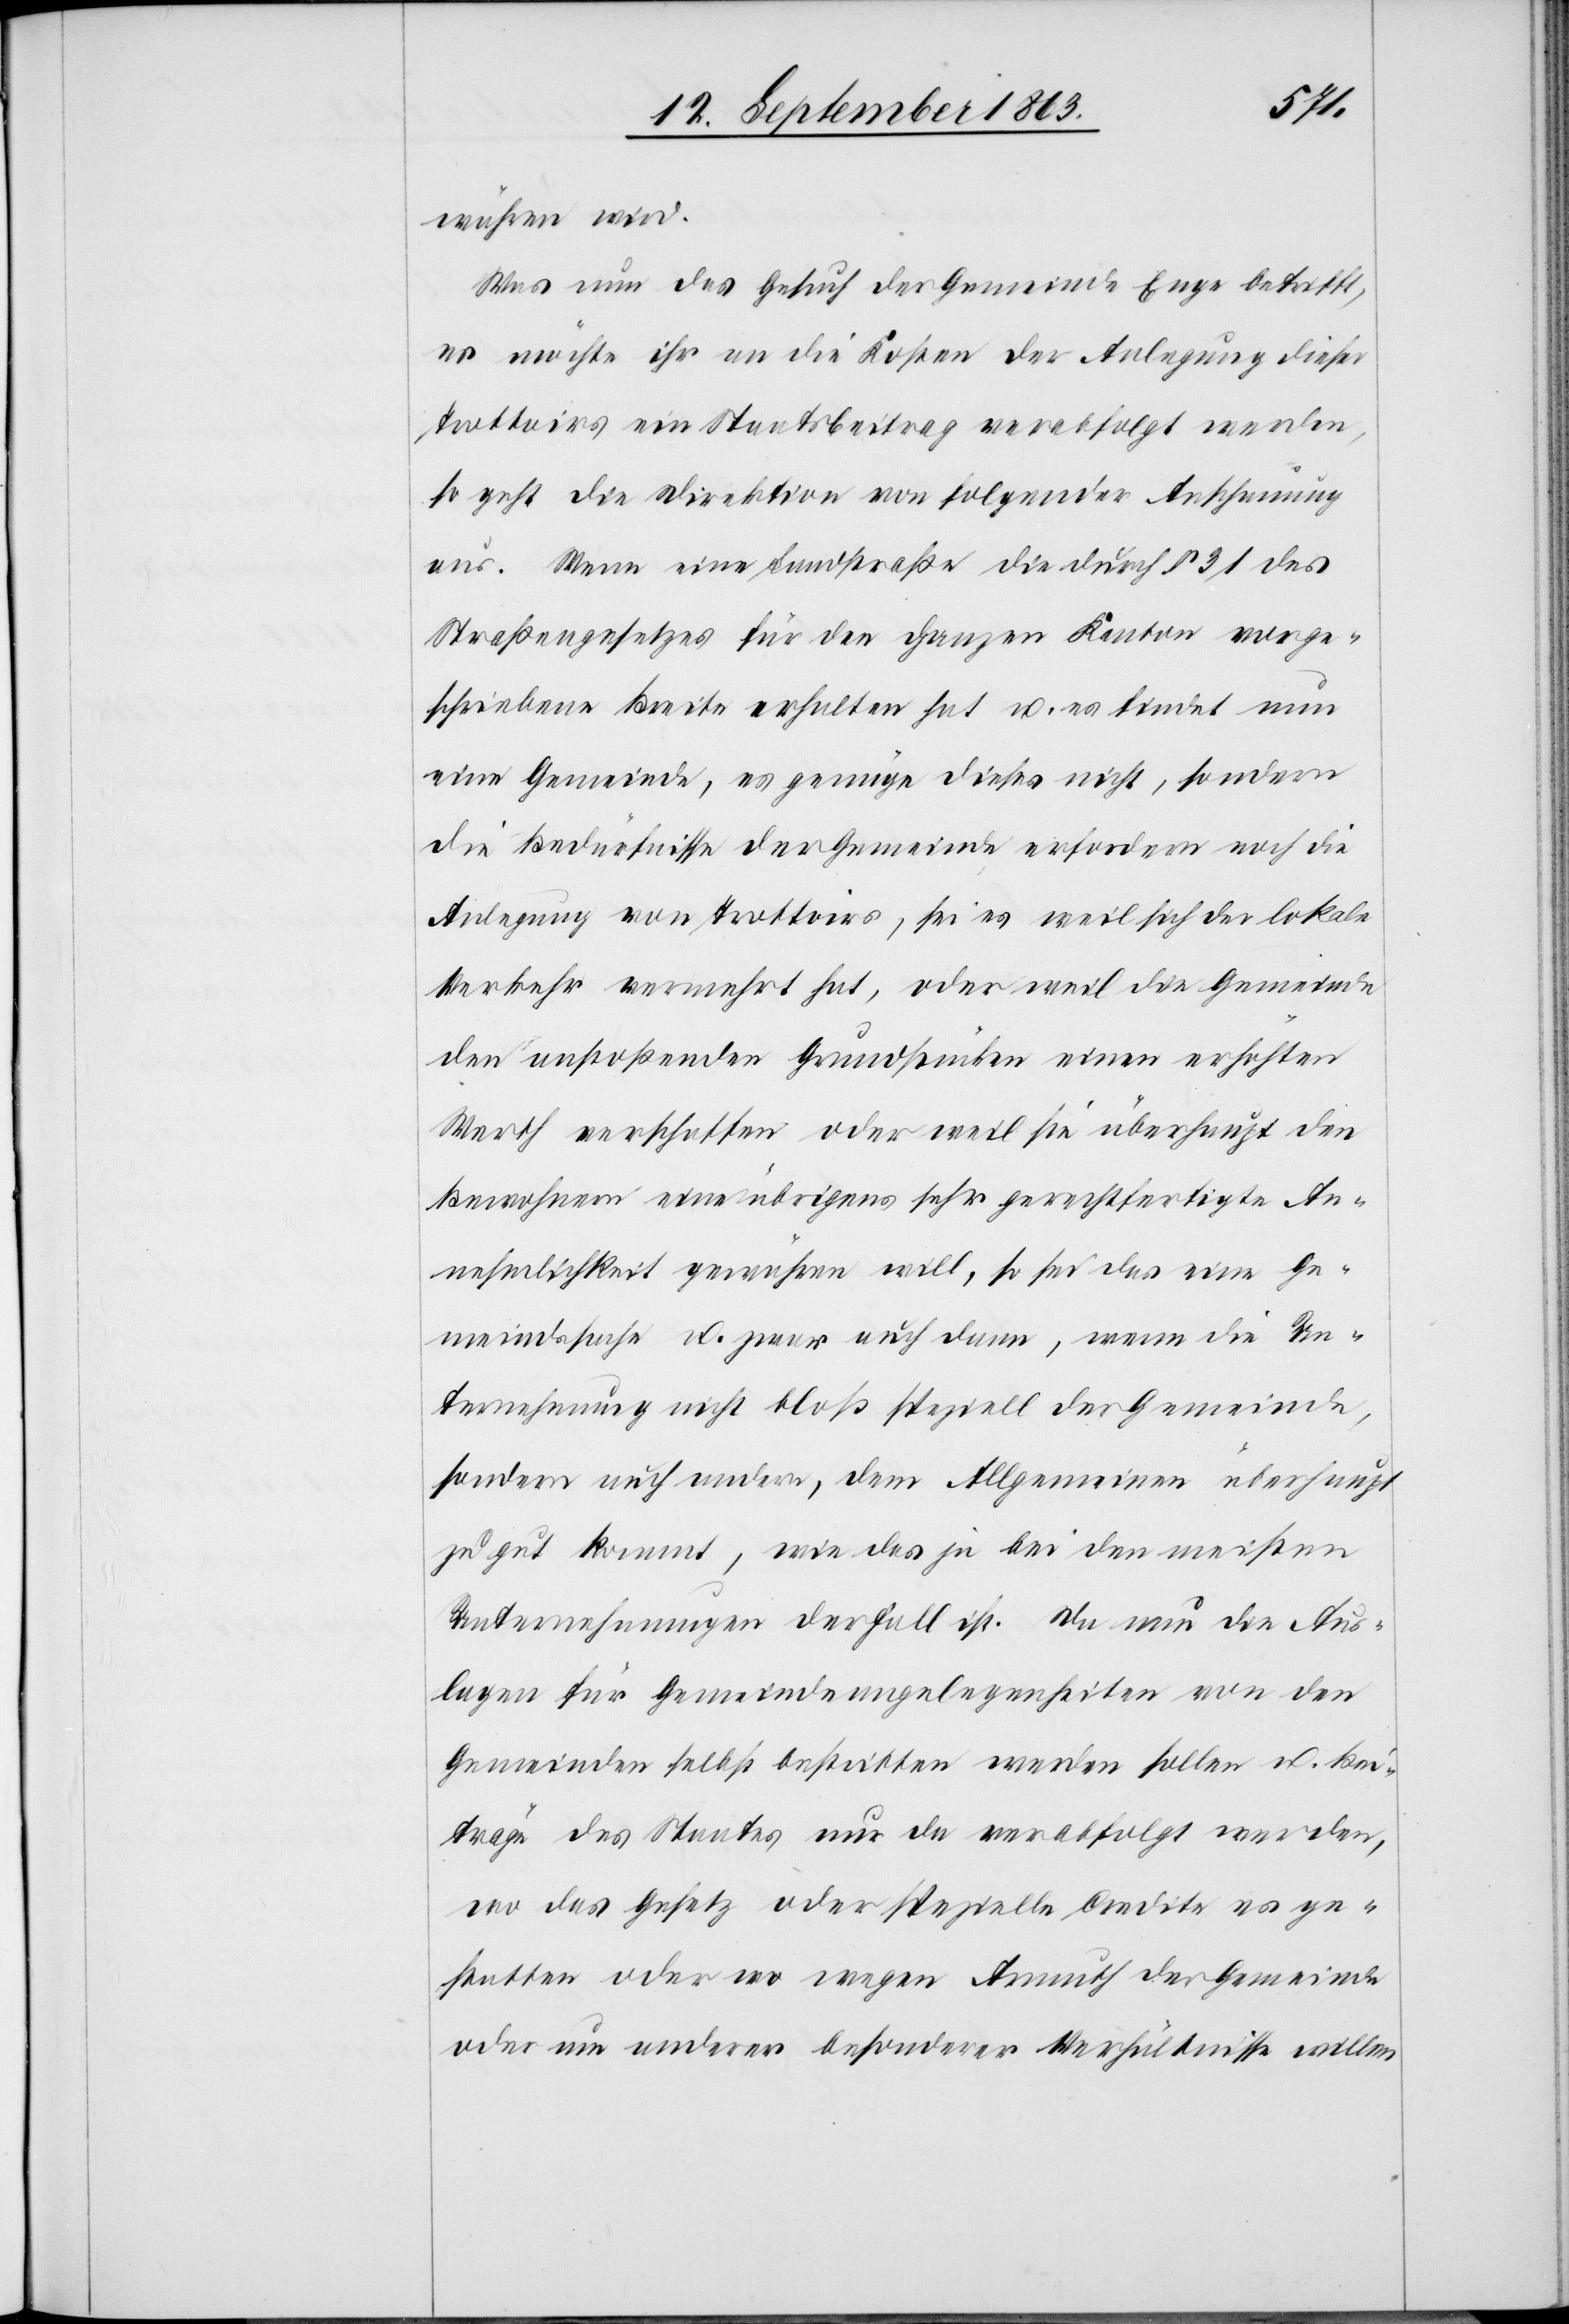
träge
währen wird.
Was nun das Gesuch der Gemeinde Enge betrifft,
es möchte ihr an die Kosten der Anlegung dieser
Trottoirs ein Staatsbeitrag verabfolgt werden,
so geht die Direktion von folgender Anschauung
aus. Wenn eine Landstraße die durch § 31 des
Straßengesetzes für den ganzen Kanton vorge¬
schriebene Breite erhalten hat u. es findet nun
eine Gemeinde, es genüge dieses nicht, sondern
die Bedürfnisse der Gemeinde erfordern noch die
Anlegung von Trottoirs, sei es weil sich der lokale
Verkehr vermehrt hat, oder weil die Gemeinde
den anstoßenden Grundstücken einen erhöhten
Werth verschaffen oder weil sie überhaupt den
Bewohnern eine übrigens sehr gerechtfertigte An¬
nehmlichkeit gewähren will, so sei das eine Ge¬
meindssache u. zwar auch dann, wenn die Un¬
ternehmung nicht bloß speziell der Gemeinde,
sondern auch andern, dem Allgemeinen überhaupt
zu gut kommt, wie das ja bei den meisten
Unternehmungen der Fall ist. Da nun die Aus¬
lagen für Gemeindeangelegenheiten von den
Gemeinden selbst bestritten werden sollen u. Bei¬
gestatten oder wo wegen Armuth der Gemeinde
oder um anderer besonderer Verhältnisse willen